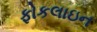
ફોકલાઇન